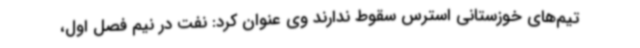
تیم‌های خوزستانی استرس سقوط ندارند وی عنوان کرد: نفت در نیم فصل اول،